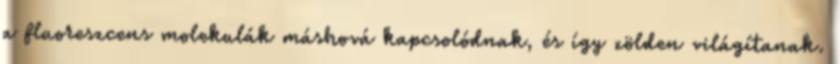
a fluoreszcens molekulák máshová kapcsolódnak, és így zölden világítanak.